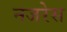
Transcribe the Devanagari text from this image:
नजरेेस